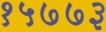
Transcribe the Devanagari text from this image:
१५७७३